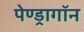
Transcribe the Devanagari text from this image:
पेण्ड्रागॉन